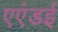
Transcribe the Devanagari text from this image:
एएंडई